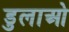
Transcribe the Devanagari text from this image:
डुलाओ